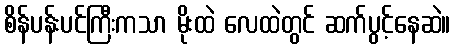
စိန်ပန်းပင်ကြီးကသာ မိုးထဲ လေထဲတွင် ဆက်ပွင့်နေဆဲ။